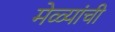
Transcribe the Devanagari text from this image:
मेळ्यांची